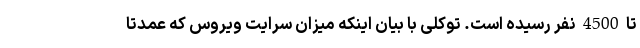
تا 4500 نفر رسیده است. توکلی با بیان اینکه میزان سرایت ویروس که عمدتا